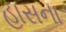
હાસના